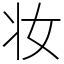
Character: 妆